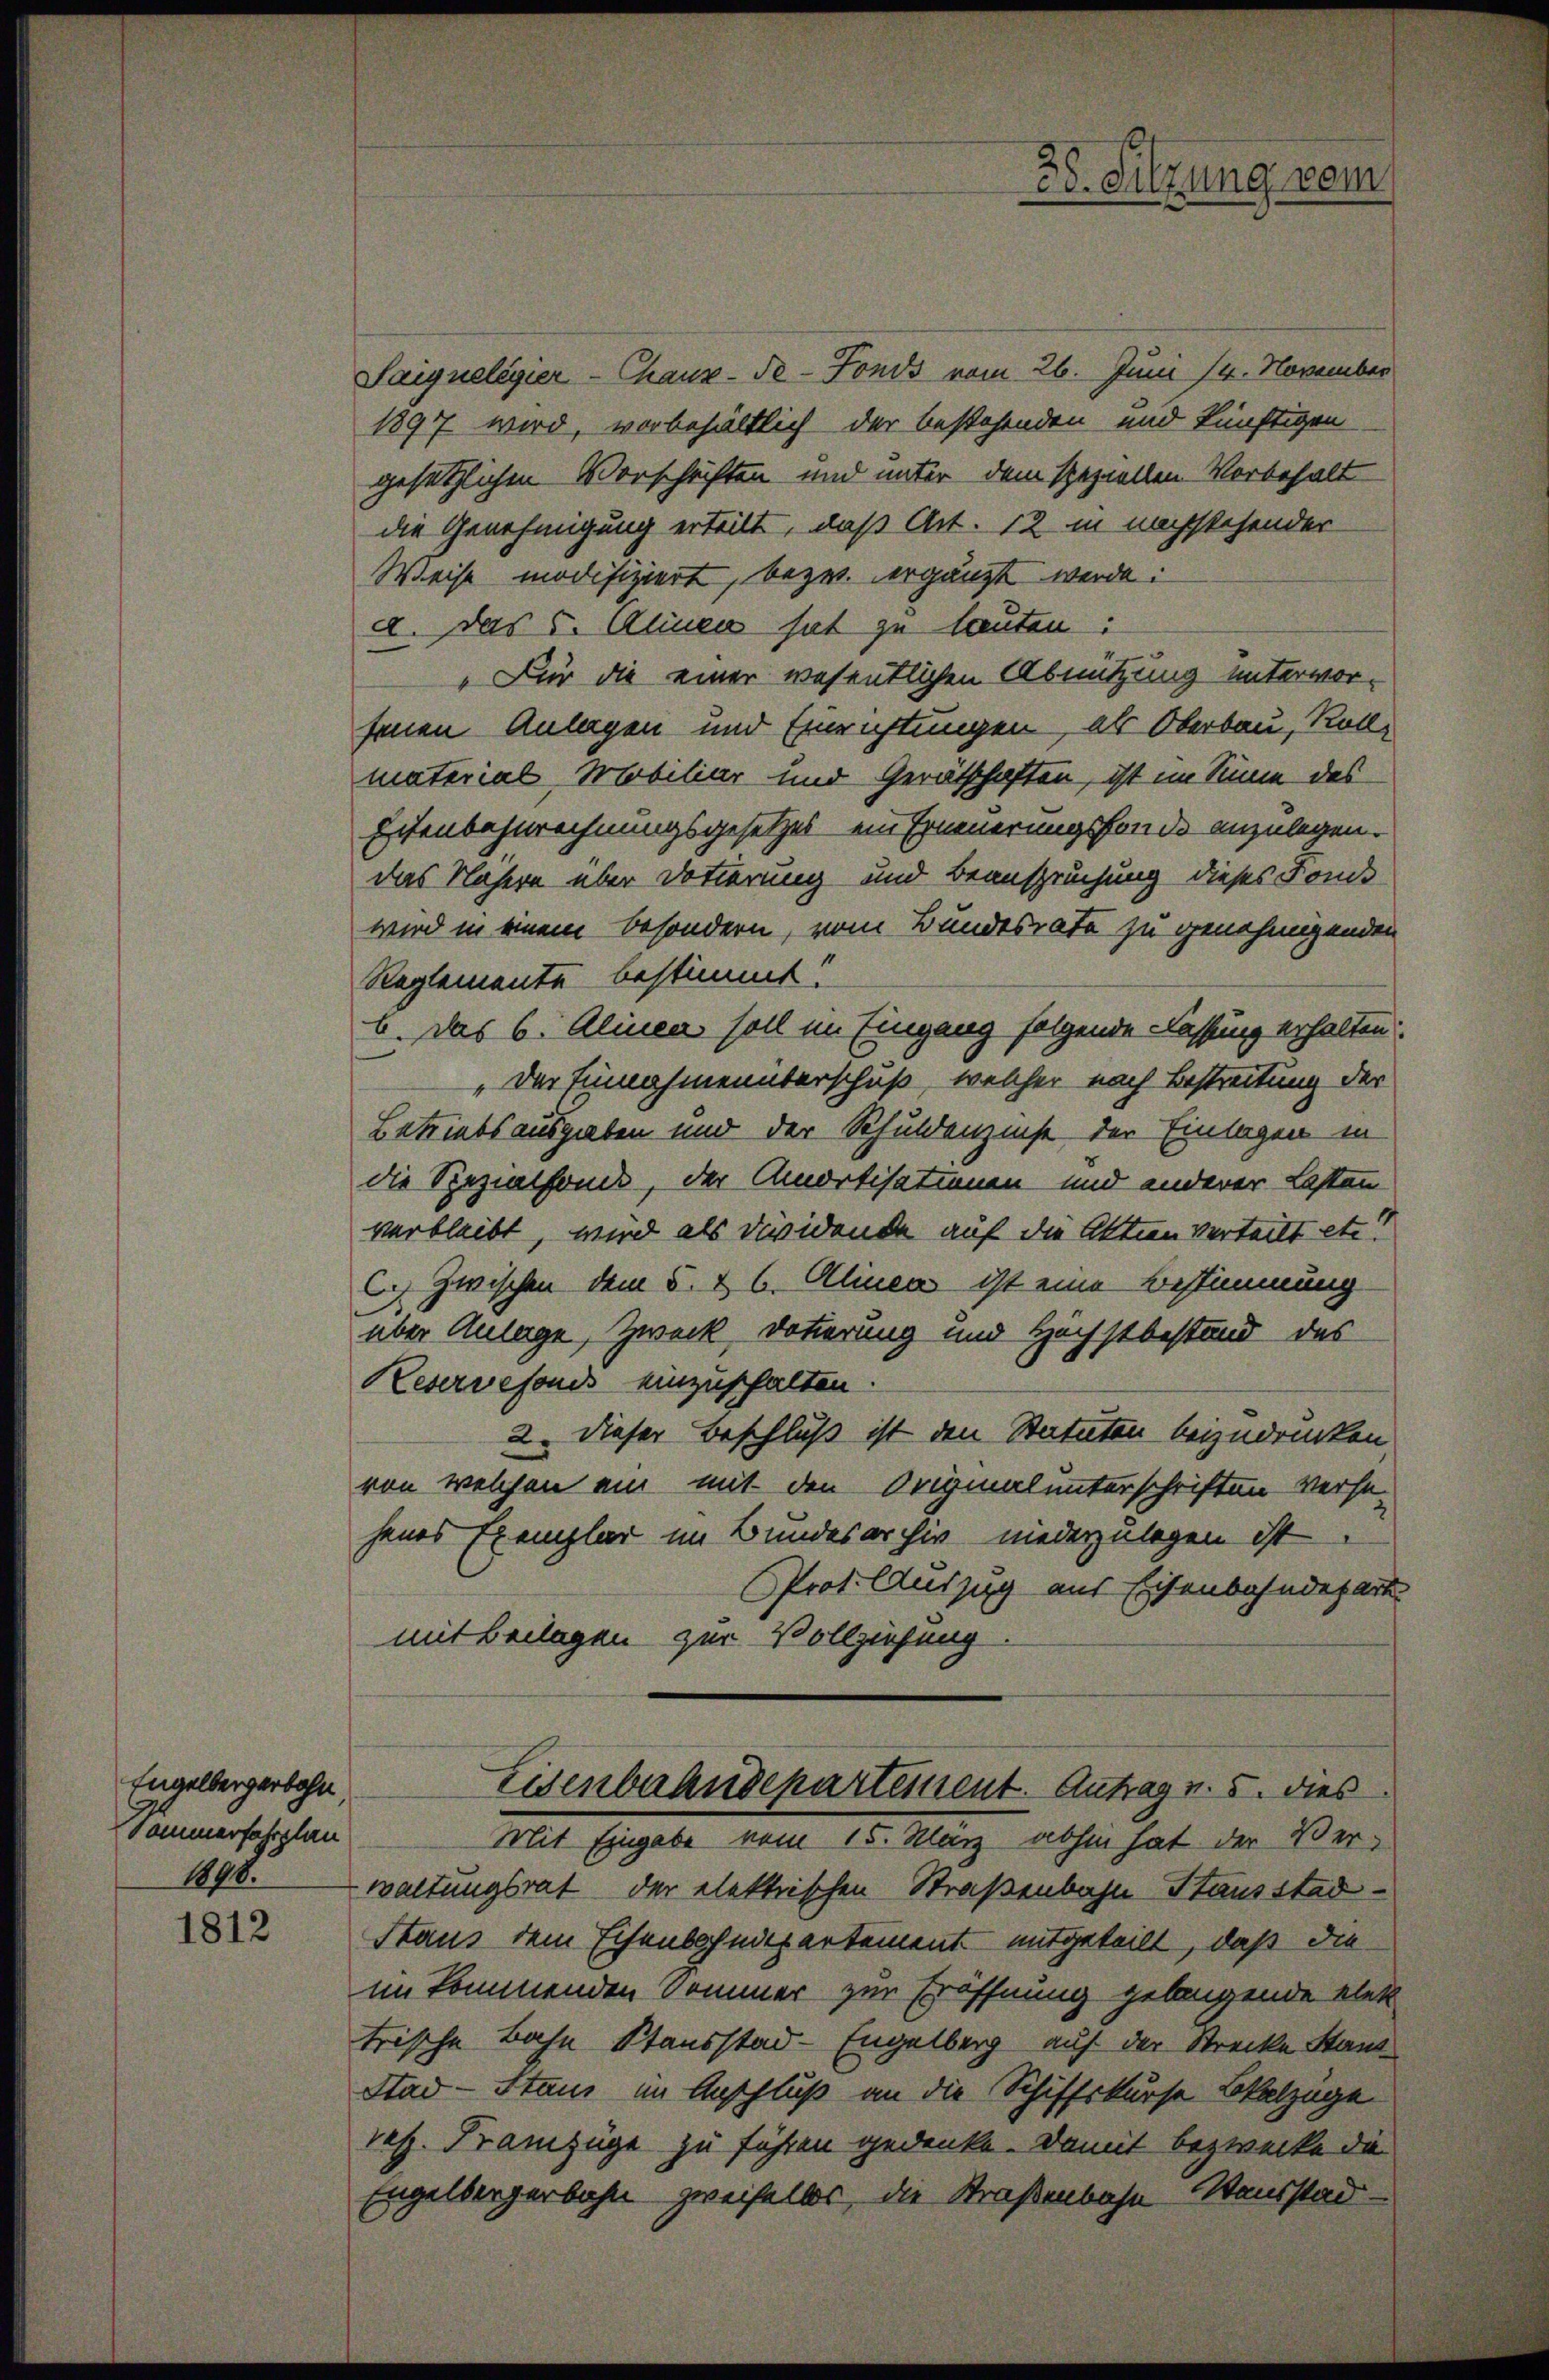
Engelbergerbahn
Sommerfahrplan
1890.

1812

Saigneligier-Chaux-de-Fonds vom 26. Juni 14. November
1897 wird, vorbehältlich der bestehenden und künftigen
gesetzlichen Vorschriften und unter dem speziellen Vorbehalt
die Genehmigung erteilt, daß Art. 12 in nachstehender
Weise modifiziert, bezw. ergänzt werde:
d. Das s. Alinen hat zu lauten:
„Für die einer wesentlichen Abnutzung unterwor-
senen Anlagen und Einrichtungen, als Oberbau, Roll-
material Mobiliar und Gerätschaften, ist im Sinne des
Eisenbehnrechnungsgesetzes ein Erneuerungsfonde anzulegen.
das Nähern über Dotierung und Beanspruchung dieses Fonds
wird in einem besondern, vom Bundesrate zu genehmigenden
Reglemente bestimmt
b. Das 6. Alinea soll im Eingang folgende Classung erhalten.
„Der Einnahmenüberschuß, welcher nach Bestreitung der
Betriebsausgaben und der Schuldenzinse der Einlagen in
die Spezialfonds, der Amortisationen und anderer Lasten
verbleibt, wird als Dividende auf die Aktien verteilt etc.“
C. Zwischen dem 5. & 6. Alinen ist eine Bestimmung
über Anlage, Zweck Dotierung und Höchstbestand des
Keservefonds einzuschalten.
2. Dieser Beschluß ist den Statuten beizudrucken
von welchen ein mit den Originalunterschriften versejenes Exemplar im Bundesarchiv niederzulegen ist
Prot. Auszug aus Eisenbahndepart.
mit Beilagen zur Vollziehung
Eisenbahndepartement. Antrag v. 5. dies
Mit Eingabe vom 15. März abhin hat der Verwaltungsrat der elektrischen Straßenbahn Stausstad¬
Staus dem Eisenbahndepartement mitgeteilt, daß die
im kommenden Sommer zur Eröffnung gelangende elek
trische Bahn Stausstad-Engelberg auf der Strecke Stand
Stad-Stand im Anschluß an die Schiffskurse Balzüge
resp. Franzüge zu führen gedenke. Damit bezwecke die
Engelbergerbahn zweifellos, die Straßenbahn ausstad

35. Silzung vom